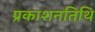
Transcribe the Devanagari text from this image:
प्रकाशनतिथि